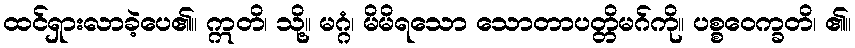
ထင်ရှားလာခဲ့ပေ၏။ ဣတိ၊ သို့။ မဂ္ဂံ၊ မိမိရသော သောတာပတ္တိမဂ်ကို။ ပစ္စဝေက္ခတိ၊ ၏။